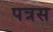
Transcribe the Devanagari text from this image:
पत्रस